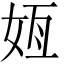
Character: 𫰟